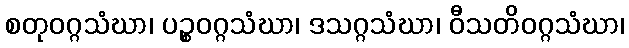
စတုဝဂ္ဂသံဃာ၊ ပဉ္စဝဂ္ဂသံဃာ၊ ဒသဂ္ဂသံဃာ၊ ဝီသတိဝဂ္ဂသံဃာ၊